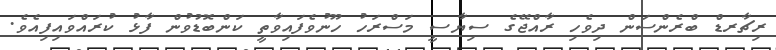
ރިޗާރޑް ބްރެންސަން ދިވެހި ރާއްޖޭގެ ސިޔާސީ މަސްރަހު ހޫނުވެފައިވާތީ ކަންބޮޑުވުން ފާޅު ކުރައްވައިފިއެވެ.